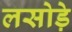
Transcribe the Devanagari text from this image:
लसोडे़